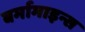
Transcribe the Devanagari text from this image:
बर्मामाइन्स